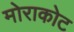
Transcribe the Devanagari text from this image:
मोराकोट